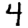
Digit: 4